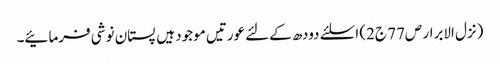
(نزل الابرار ص77 ج2) اسلئے دودھ کےلئے عورتیں موجود ہیں پستان نوشی فرمائیے۔